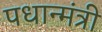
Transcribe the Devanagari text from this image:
पधान्मंत्री